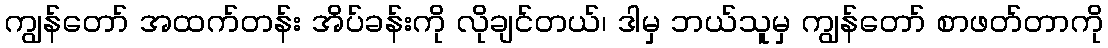
ကျွန်တော် အထက်တန်း အိပ်ခန်းကို လိုချင်တယ်၊ ဒါမှ ဘယ်သူမှ ကျွန်တော် စာဖတ်တာကို